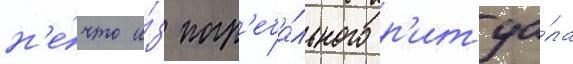
н'е́что и́з погр'еба́льного р'итуа́ла